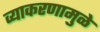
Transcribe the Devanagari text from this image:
व्याकरणामुळे